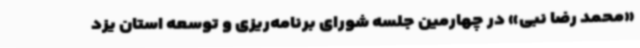
«محمد رضا نبی» در چهارمین جلسه شورای برنامه‌ریزی و توسعه استان یزد